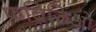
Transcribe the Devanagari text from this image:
फब्रिजिओ